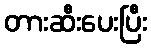
တားဆီးပေးပြီး